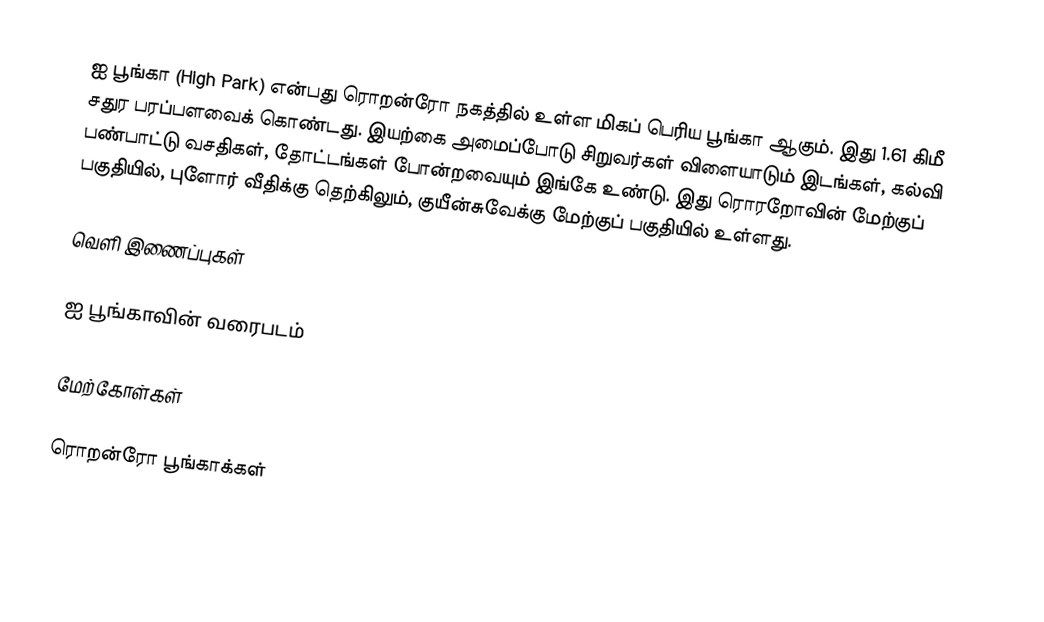
ஐ பூங்கா (High Park) என்பது ரொறன்ரோ நகத்தில் உள்ள மிகப் பெரிய பூங்கா ஆகும். இது 1.61 கிமீ சதுர பரப்பளவைக் கொண்டது. இயற்கை அமைப்போடு சிறுவர்கள் விளையாடும் இடங்கள், கல்வி பண்பாட்டு வசதிகள், தோட்டங்கள் போன்றவையும் இங்கே உண்டு. இது ரொரறோவின் மேற்குப் பகுதியில், புளோர் வீதிக்கு தெற்கிலும், குயீன்சுவேக்கு மேற்குப் பகுதியில் உள்ளது.

வெளி இணைப்புகள்

ஐ பூங்காவின் வரைபடம்

மேற்கோள்கள்

ரொறன்ரோ பூங்காக்கள்